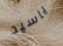
ياسيد